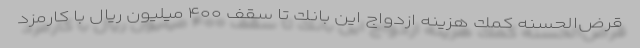
قرض‌الحسنه كمك هزينه ازدواج اين بانك تا سقف ۴۰۰ ميليون ريال با كارمزد